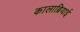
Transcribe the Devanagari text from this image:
कालाब्रियाई